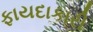
ફાયદાકારી